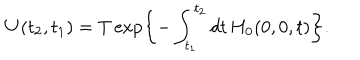
\mathbf { U } ( t _ { 2 } , t _ { 1 } ) = T \exp \left\{ - \int _ { t _ { 1 } } ^ { t _ { 2 } } d t \, H _ { 0 } ( 0 , 0 , t ) \right\} .